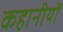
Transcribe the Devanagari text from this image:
कहानीयों